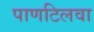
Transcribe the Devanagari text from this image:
पाणटिलवा